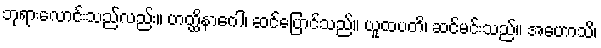
ဘုရားလောင်းသည်လည်း။ ဟတ္ထိနာဂေါ၊ ဆင်ပြောင်သည်။ ယူထပတိ၊ ဆင်မင်းသည်။ အဟောသိ၊